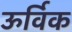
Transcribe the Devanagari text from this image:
ऊर्विक